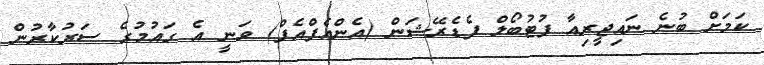
ކަމަށް ބުނެ ނައިޖީރިއާ ފުޓުބޯލް ފެޑެރޭޝަން (އެންއެފްއެފް) ވަނީ އެ ގައުމުގެ ސަރުކާރުން